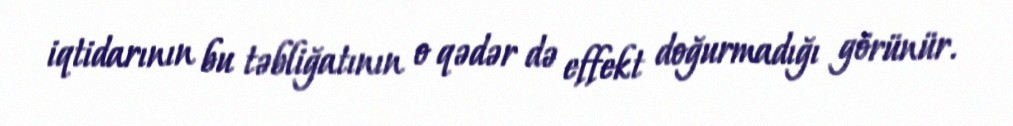
iqtidarının bu təbliğatının o qədər də effekt doğurmadığı görünür.